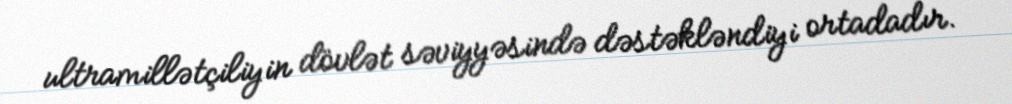
ultramillətçiliyin dövlət səviyyəsində dəstəkləndiyi ortadadır.